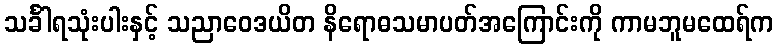
သင်္ခါရသုံးပါးနှင့် သညာဝေဒယိတ နိရောဓသမာပတ်အကြောင်းကို ကာမဘူမထေရ်က